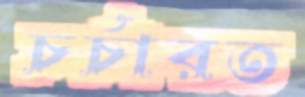
চর্চারত